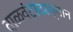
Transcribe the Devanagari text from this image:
वाळवंटांदरम्यान